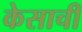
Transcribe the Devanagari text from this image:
केसाची